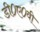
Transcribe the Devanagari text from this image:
डी०ए०वी